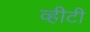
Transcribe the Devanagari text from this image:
व्हीटी